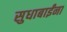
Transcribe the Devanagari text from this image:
सुधाबाईंना